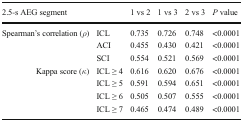
| <COLSPAN=2> 2.5-s AEG segment | 1 vs 2 | 1 vs 3 | 2 vs 3 | P value |
 | --- | --- | --- | --- | --- | --- |
 | <ROWSPAN=3> Spearman’s correlation (ρ) | ICL | 0.735 | 0.726 | 0.748 | <0.0001 |
 | ACI | 0.455 | 0.430 | 0.421 | <0.0001 |
 | SCI | 0.554 | 0.521 | 0.569 | <0.0001 |
 | <ROWSPAN=4> Kappa score (κ) | ICL ≥ 4 | 0.616 | 0.620 | 0.676 | <0.0001 |
 | ICL ≥ 5 | 0.591 | 0.594 | 0.651 | <0.0001 |
 | ICL ≥ 6 | 0.505 | 0.507 | 0.555 | <0.0001 |
 | ICL ≥ 7 | 0.465 | 0.474 | 0.489 | <0.0001 |